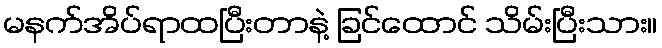
မနက်အိပ်ရာထပြီးတာနဲ့ ခြင်ထောင် သိမ်းပြီးသား။